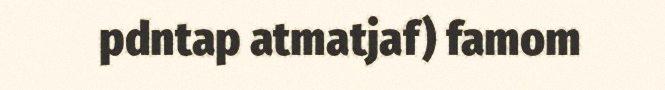
pdntap atmatjaf) famom